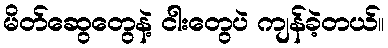
မိတ်ဆွေတွေနဲ့ ငါးတွေပဲ ကျန်ခဲ့တယ်။